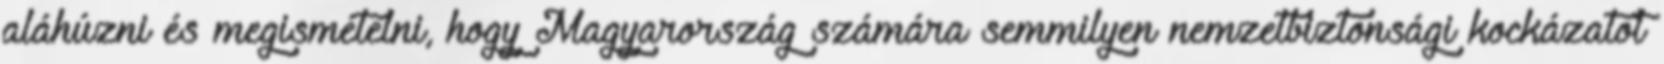
aláhúzni és megismételni, hogy Magyarország számára semmilyen nemzetbiztonsági kockázatot